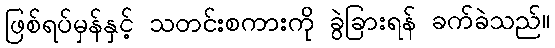
ဖြစ်ရပ်မှန်နှင့် သတင်းစကားကို ခွဲခြားရန် ခက်ခဲသည်။